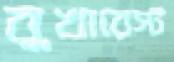
বুখারেস্ট